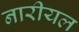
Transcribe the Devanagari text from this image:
नारीयल